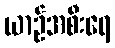
ယာဉ်အစီးရေ